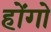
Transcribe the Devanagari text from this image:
होंगो